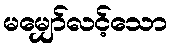
မမျှော်လင့်သော